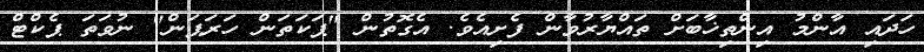
ހަދައި އާންމު އިންތިޚާބަށް ތައްޔާރުވާން ފެށިއެވެ. އެގޮތުން "ޕަކަތަން ހަރަޕަން" ނުވަތަ ޕެކްޓް